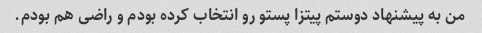
من به پیشنهاد دوستم پیتزا پستو رو انتخاب کرده بودم و راضی هم بودم.